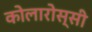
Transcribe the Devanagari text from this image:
कोलारोस्सी